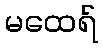
မထေရ်